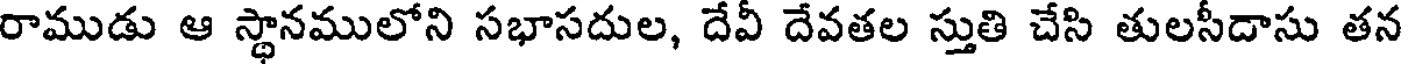
రాముడు ఆ స్థానములోని సభాసదుల, దేవీ దేవతల స్తుతి చేసి తులసీదాసు తన